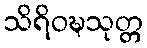
သိရိဝဍ္ဎသုတ္တ